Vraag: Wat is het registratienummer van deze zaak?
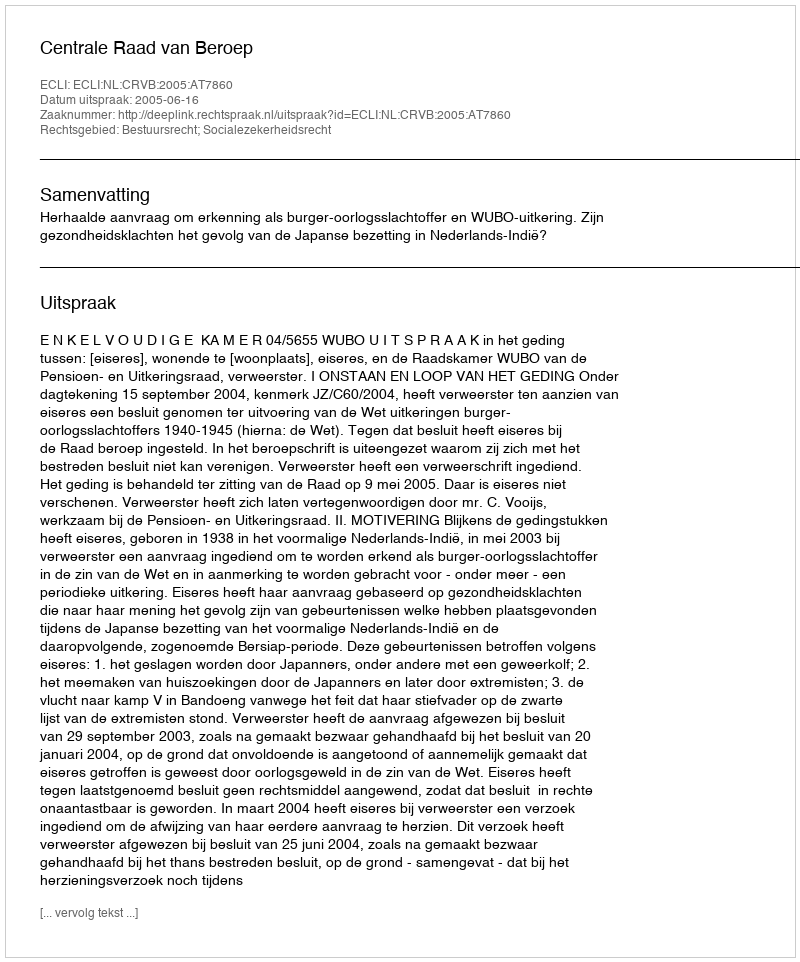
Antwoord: http://deeplink.rechtspraak.nl/uitspraak?id=ECLI:NL:CRVB:2005:AT7860